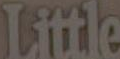
Little